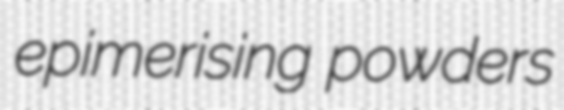
epimerising powders